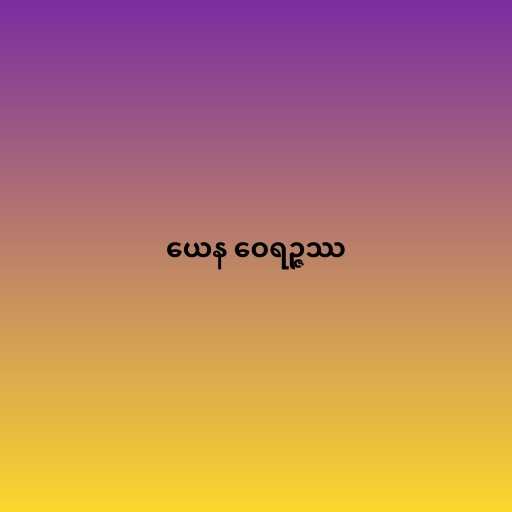
ယေန ဝေရဉ္ဇဿ